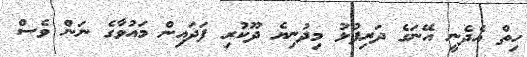
ހިތް އެދެނީ އޭނަގެ ދަރިފުޅު މިދުނިޔެ ދޫކުރި ފަދައިން މައުވާގެ ނަން ވެސް